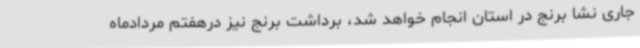
جاری نشا برنج در استان انجام خواهد شد، برداشت برنج نیز درهفتم مردادماه